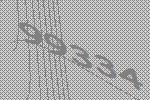
99334